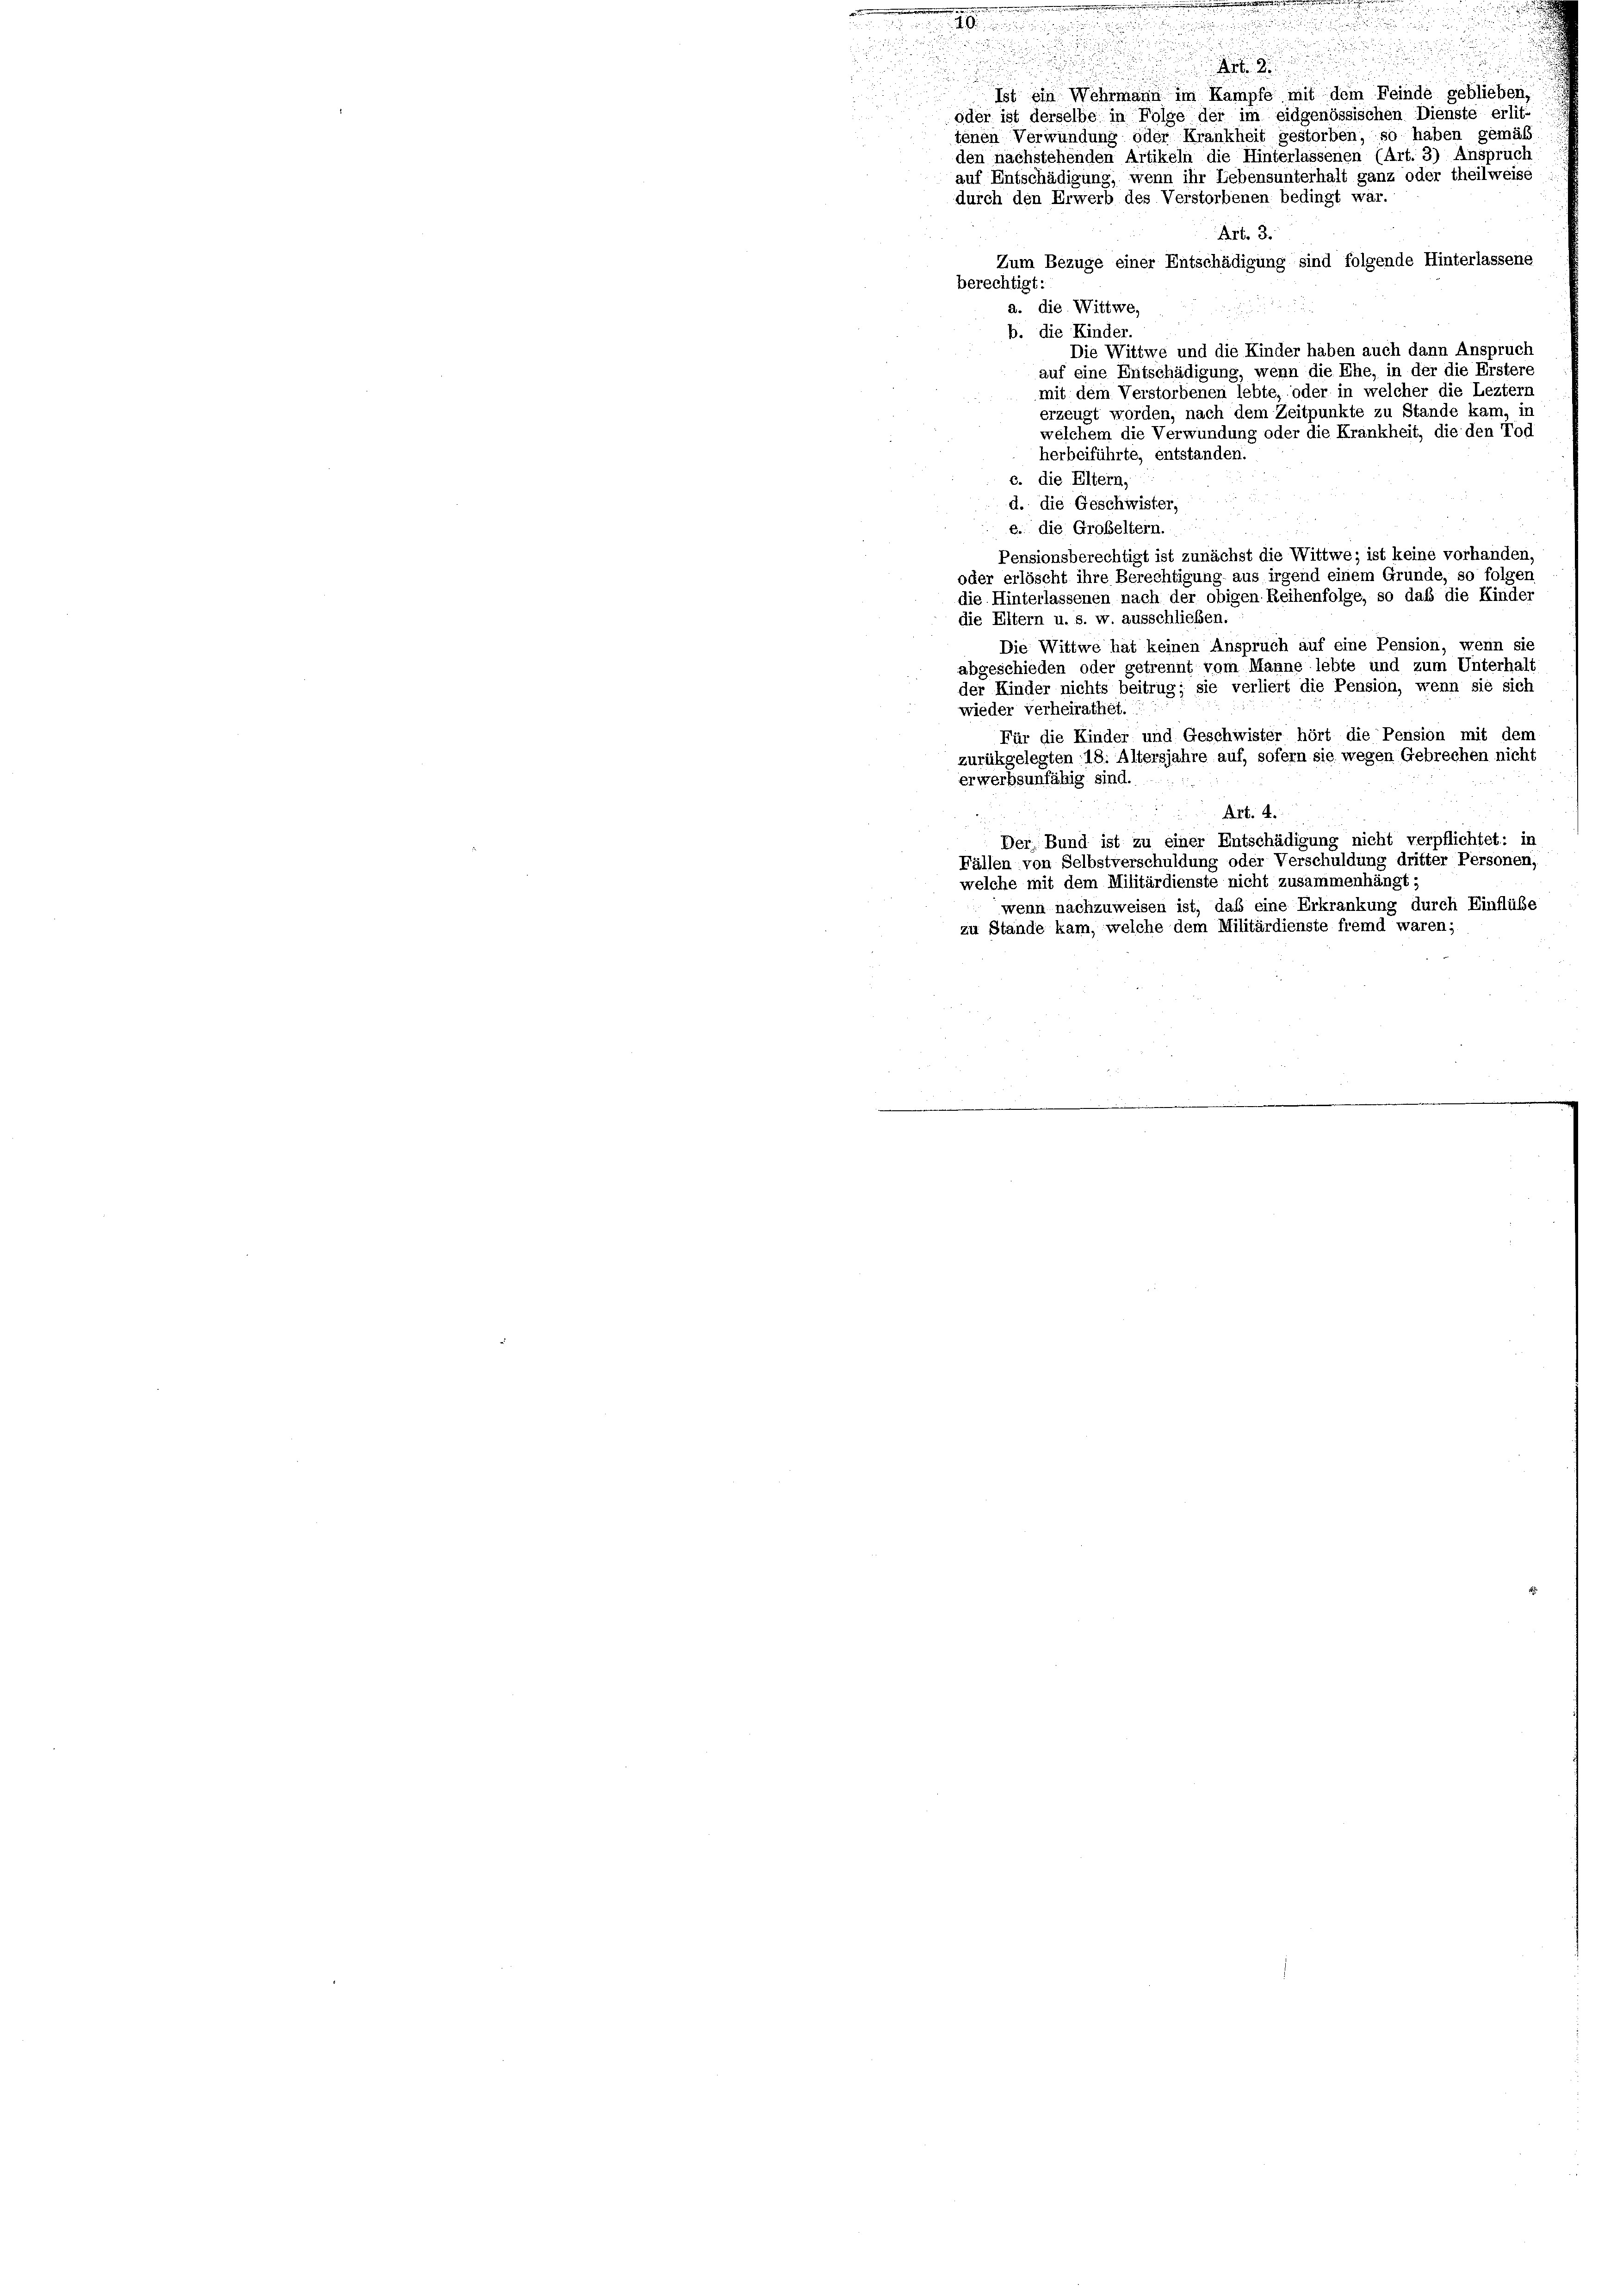
oder ist derselbe in Folge der im eidgenössischen Dienste erlit-
Art. 3.
Zum Bezuge einer Entschädigung sind folgende Hinterlassene
berechtigt.
a. die Wittwe,
b. die Kinder.
Die Wittwe und die Kinder haben auch dann Anspruch
auf eine Entschädigung, wenn die Ehe, in der die Erstere
mit dem Verstorbenen lebte, oder in welcher die Leztern
erzeugt worden, nach dem Zeitpunkte zu Stande kam, in
welchem die Verwundung oder die Krankheit, die den Tod
herbeiführte, entstanden.
c. die Eltern,
d. die Geschwister,
e. die Großeltern.
Pensionsberechtigt ist zunächst die Wittwe; ist keine vorhanden,
folgen
oder erlöscht ihre Berechtigung aus irgend einem Grunde, so
die Hinterlassenen nach der obigen Reihenfolge, so daß die Kinder
die Eltern u. s. w. ausschließen.
Die Wittwe hat keinen Anspruch auf eine Pension, wenn sie
abgeschieden oder getrennt vom Manne lebte und zum Unterhalt
der Kinder nichts beitrug; sie verliert die Pension, wenn sie sich
wieder verheirathet.
Für die Kinder und Geschwister hört die Pension mit dem
zurükgelegten 18. Altersjahre auf, sofern sie wegen Gebrechen nicht
erwerbsunfähig sind.
Art. 4.
Der Bund ist zu einer Entschädigung nicht verpflichtet: in
Fällen von Selbstverschuldung oder Verschuldung dritter Personen,
welche mit dem Militärdienste nicht zusammenhängt;
wenn nachzuweisen ist, daß eine Erkrankung durch Einflüße
zu Stände kam, welche dem Militärdienste fremd waren;

durch den Erwerb des Verstorbenen bedingt war.

d
.
Ist ein Wehrmann im Kampfe mit dem Feinde geblieben,
tenen Verwundung oder Krankheit gestorben, so haben gemäß
den nachstehenden Artikeln die Hinterlassenen (Art. 3) Anspruch
auf Entschädigung, wenn ihr Lebensunterhalt ganz oder theilweise